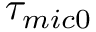
{ { \tau } _ { m i c 0 } }